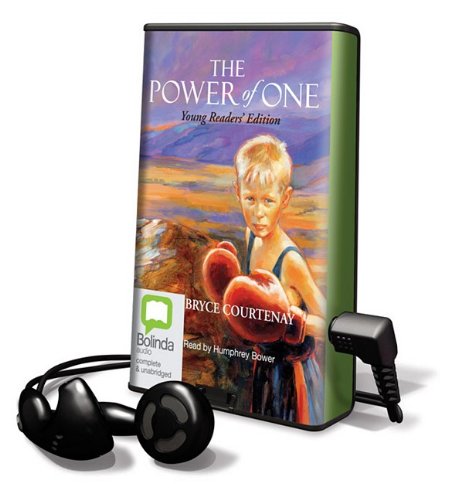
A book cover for The Power of One: Young Readers' Edition [With Earbuds] (Playaway Children); Bryce Courtenay; Teen & Young Adult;